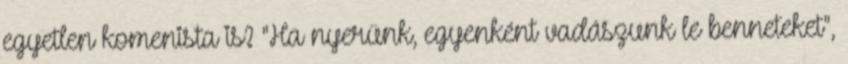
egyetlen komenista is? "Ha nyerünk, egyenként vadászunk le benneteket",